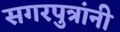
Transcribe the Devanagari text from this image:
सगरपुत्रांनी